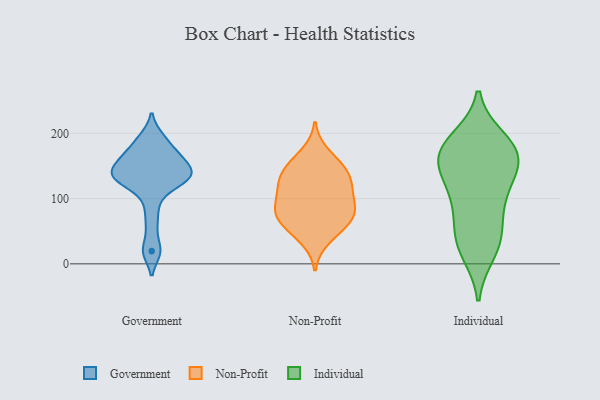
{"axis": {"x": "Gross Profit (USD K)", "y": "Value"}, "legend": ["Government", "Individual", "Non-Profit"], "data": [{"x": "", "y": 194, "type": "Government"}, {"x": "", "y": 125, "type": "Government"}, {"x": "", "y": 164, "type": "Government"}, {"x": "", "y": 133, "type": "Government"}, {"x": "", "y": 91, "type": "Government"}, {"x": "", "y": 143, "type": "Government"}, {"x": "", "y": 19, "type": "Government"}, {"x": "", "y": 129, "type": "Government"}, {"x": "", "y": 147, "type": "Government"}, {"x": "", "y": 192, "type": "Government"}, {"x": "", "y": 169, "type": "Government"}, {"x": "", "y": 121, "type": "Government"}, {"x": "", "y": 167, "type": "Government"}, {"x": "", "y": 61, "type": "Government"}, {"x": "", "y": 163, "type": "Government"}, {"x": "", "y": 20, "type": "Government"}, {"x": "", "y": 137, "type": "Government"}, {"x": "", "y": 134, "type": "Government"}, {"x": "", "y": 141, "type": "Government"}, {"x": "", "y": 147, "type": "Non-Profit"}, {"x": "", "y": 80, "type": "Non-Profit"}, {"x": "", "y": 37, "type": "Non-Profit"}, {"x": "", "y": 59, "type": "Non-Profit"}, {"x": "", "y": 170, "type": "Non-Profit"}, {"x": "", "y": 111, "type": "Non-Profit"}, {"x": "", "y": 76, "type": "Non-Profit"}, {"x": "", "y": 125, "type": "Non-Profit"}, {"x": "", "y": 123, "type": "Non-Profit"}, {"x": "", "y": 73, "type": "Non-Profit"}, {"x": "", "y": 55, "type": "Non-Profit"}, {"x": "", "y": 147, "type": "Non-Profit"}, {"x": "", "y": 85, "type": "Non-Profit"}, {"x": "", "y": 89, "type": "Non-Profit"}, {"x": "", "y": 114, "type": "Non-Profit"}, {"x": "", "y": 144, "type": "Non-Profit"}, {"x": "", "y": 173, "type": "Individual"}, {"x": "", "y": 166, "type": "Individual"}, {"x": "", "y": 154, "type": "Individual"}, {"x": "", "y": 42, "type": "Individual"}, {"x": "", "y": 190, "type": "Individual"}, {"x": "", "y": 132, "type": "Individual"}, {"x": "", "y": 49, "type": "Individual"}, {"x": "", "y": 163, "type": "Individual"}, {"x": "", "y": 96, "type": "Individual"}, {"x": "", "y": 18, "type": "Individual"}, {"x": "", "y": 185, "type": "Individual"}, {"x": "", "y": 28, "type": "Individual"}, {"x": "", "y": 165, "type": "Individual"}, {"x": "", "y": 118, "type": "Individual"}, {"x": "", "y": 92, "type": "Individual"}]}